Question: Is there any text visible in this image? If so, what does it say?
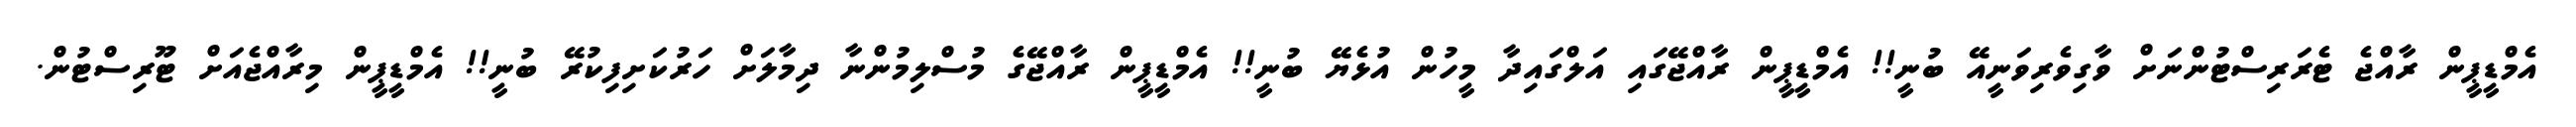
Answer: އެމްޑީޕީން ރާއްޖެ ޓެރަރިސްޓުންނަށް ވާގިވެރިވަނީއޭ ބުނީ!! އެމްޑީޕީން ރާއްޖޭގައި އަލްގައިދާ މީހުން އުޅެޔޭ ބުނީ!! އެމްޑީޕީން ރާއްޖޭގެ މުސްލިމުންނާ ދިމާލަށް ހަރުކަށިފިކުރޭ ބުނީ!! އެމްޑީޕީން މިރާއްޖެއަށް ޓޫރިސްޓުން.